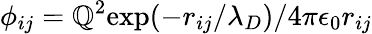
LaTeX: \phi_{ij}=\mathbb{Q}^{2}\mathrm{{exp}}(-r_{ij}/\lambda_{D})/4\pi\epsilon_{0}r_{ij}